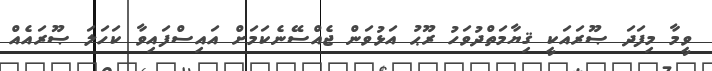
ވީމާ މިފަދަ ޞޫރައަކީ ޤިޔާމަތްދުވަހު ރޫޙު އަޅުވަން ޖެއްސޭނެކަމަށް އައިސްފައިވާ ކަހަލަ ޞޫރައެއް